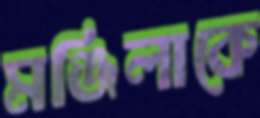
মঞ্জিলাকে